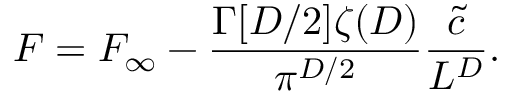
{ \cal F } = { \cal F } _ { \infty } - \frac { \Gamma [ D / 2 ] \zeta ( D ) } { \pi ^ { D / 2 } } \frac { \tilde { c } } { L ^ { D } } .